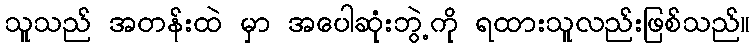
သူသည် အတန်းထဲ မှာ အပေါဆုံးဘွဲ့ကို ရထားသူလည်းဖြစ်သည်။